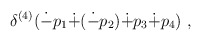
\begin{align*}\delta^{(4)}(\dot{-}p_1 \dot{+}(\dot{-}p_2)\dot{+}p_3\dot{+}p_4)~,\end{align*}